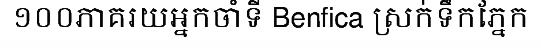
១០០ភាគរយអ្នកចាំទី Benfica ស្រក់ទឹកភ្នែក